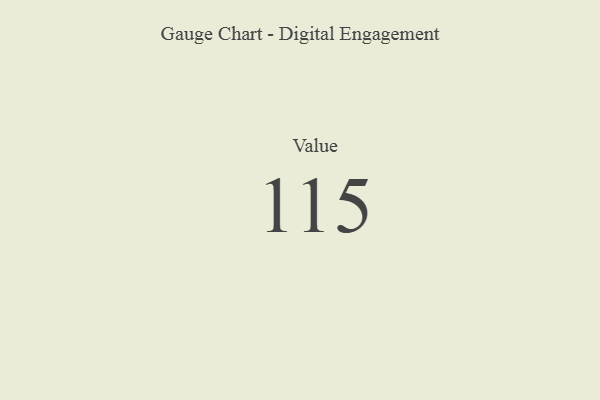
{"axis": {"x": "Metric", "y": "Value"}, "legend": [""], "data": [{"x": "Value", "y": 115, "type": ""}]}